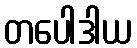
တပေါဒါယ